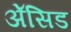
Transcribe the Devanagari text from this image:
ॲेसिड